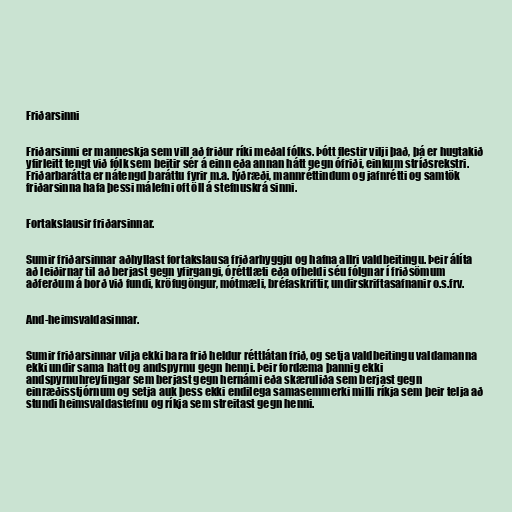
Friðarsinni

Friðarsinni er manneskja sem vill að friður ríki meðal fólks. Þótt flestir vilji það, þá er hugtakið
yfirleitt tengt við fólk sem beitir sér á einn eða annan hátt gegn ófriði, einkum stríðsrekstri.
Friðarbarátta er nátengd baráttu fyrir m.a. lýðræði, mannréttindum og jafnrétti og samtök
friðarsinna hafa þessi málefni oft öll á stefnuskrá sinni.

Fortakslausir friðarsinnar.

Sumir friðarsinnar aðhyllast fortakslausa friðarhyggju og hafna allri valdbeitingu. Þeir álíta
að leiðirnar til að berjast gegn yfirgangi, óréttlæti eða ofbeldi séu fólgnar í friðsömum
aðferðum á borð við fundi, kröfugöngur, mótmæli, bréfaskriftir, undirskriftasafnanir o.s.frv.

And-heimsvaldasinnar.

Sumir friðarsinnar vilja ekki bara frið heldur réttlátan frið, og setja valdbeitingu valdamanna
ekki undir sama hatt og andspyrnu gegn henni. Þeir fordæma þannig ekki
andspyrnuhreyfingar sem berjast gegn hernámi eða skæruliða sem berjast gegn
einræðisstjórnum og setja auk þess ekki endilega samasemmerki milli ríkja sem þeir telja að
stundi heimsvaldastefnu og ríkja sem streitast gegn henni.